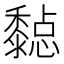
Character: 𪐇